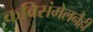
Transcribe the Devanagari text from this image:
कविसंमेलनेही